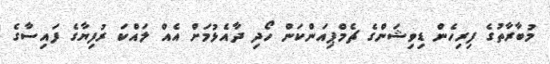
މުބާރާތުގެ ފިރިހެން ޑިވިޝަންގެ ޗެމްޕިއަންކަން ހޯދި ދާއެޅުމަށް އެއް ލައްކަ ރުފިޔާގެ ފައިސާގެ